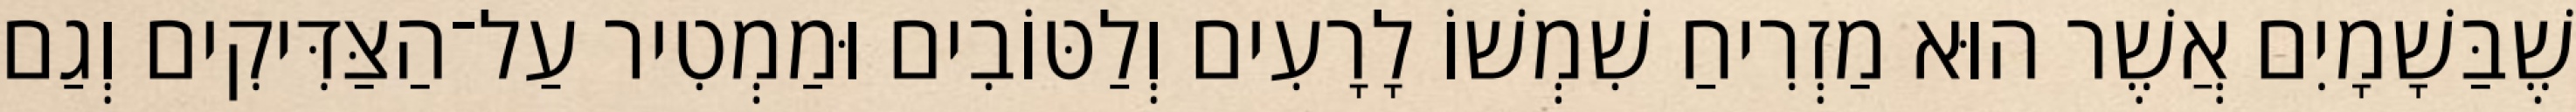
שֶׁבַּשָׁמָיִם אֲשֶׁר הוּא מַזְרִיחַ שִׁמְשׁוֹ לָרָעִים וְלַטּוֹבִים וּמַמְטִיר עַל־הַצַּדִּיקִים וְגַם